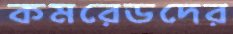
কমরেডদের